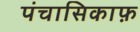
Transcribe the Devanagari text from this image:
पंचासिकाफ़